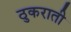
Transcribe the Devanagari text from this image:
ठुकराती